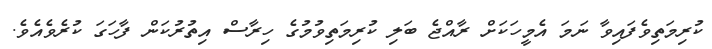
ކުރިމަތިވެފައިވާ ނަމަ އެމީހަކަށް ރާއްޖެ ބަލި ކުރިމަތިވުމުގެ ހިރާސް އިތުރުކަން ފާހަގަ ކުރެވެއެވެ.